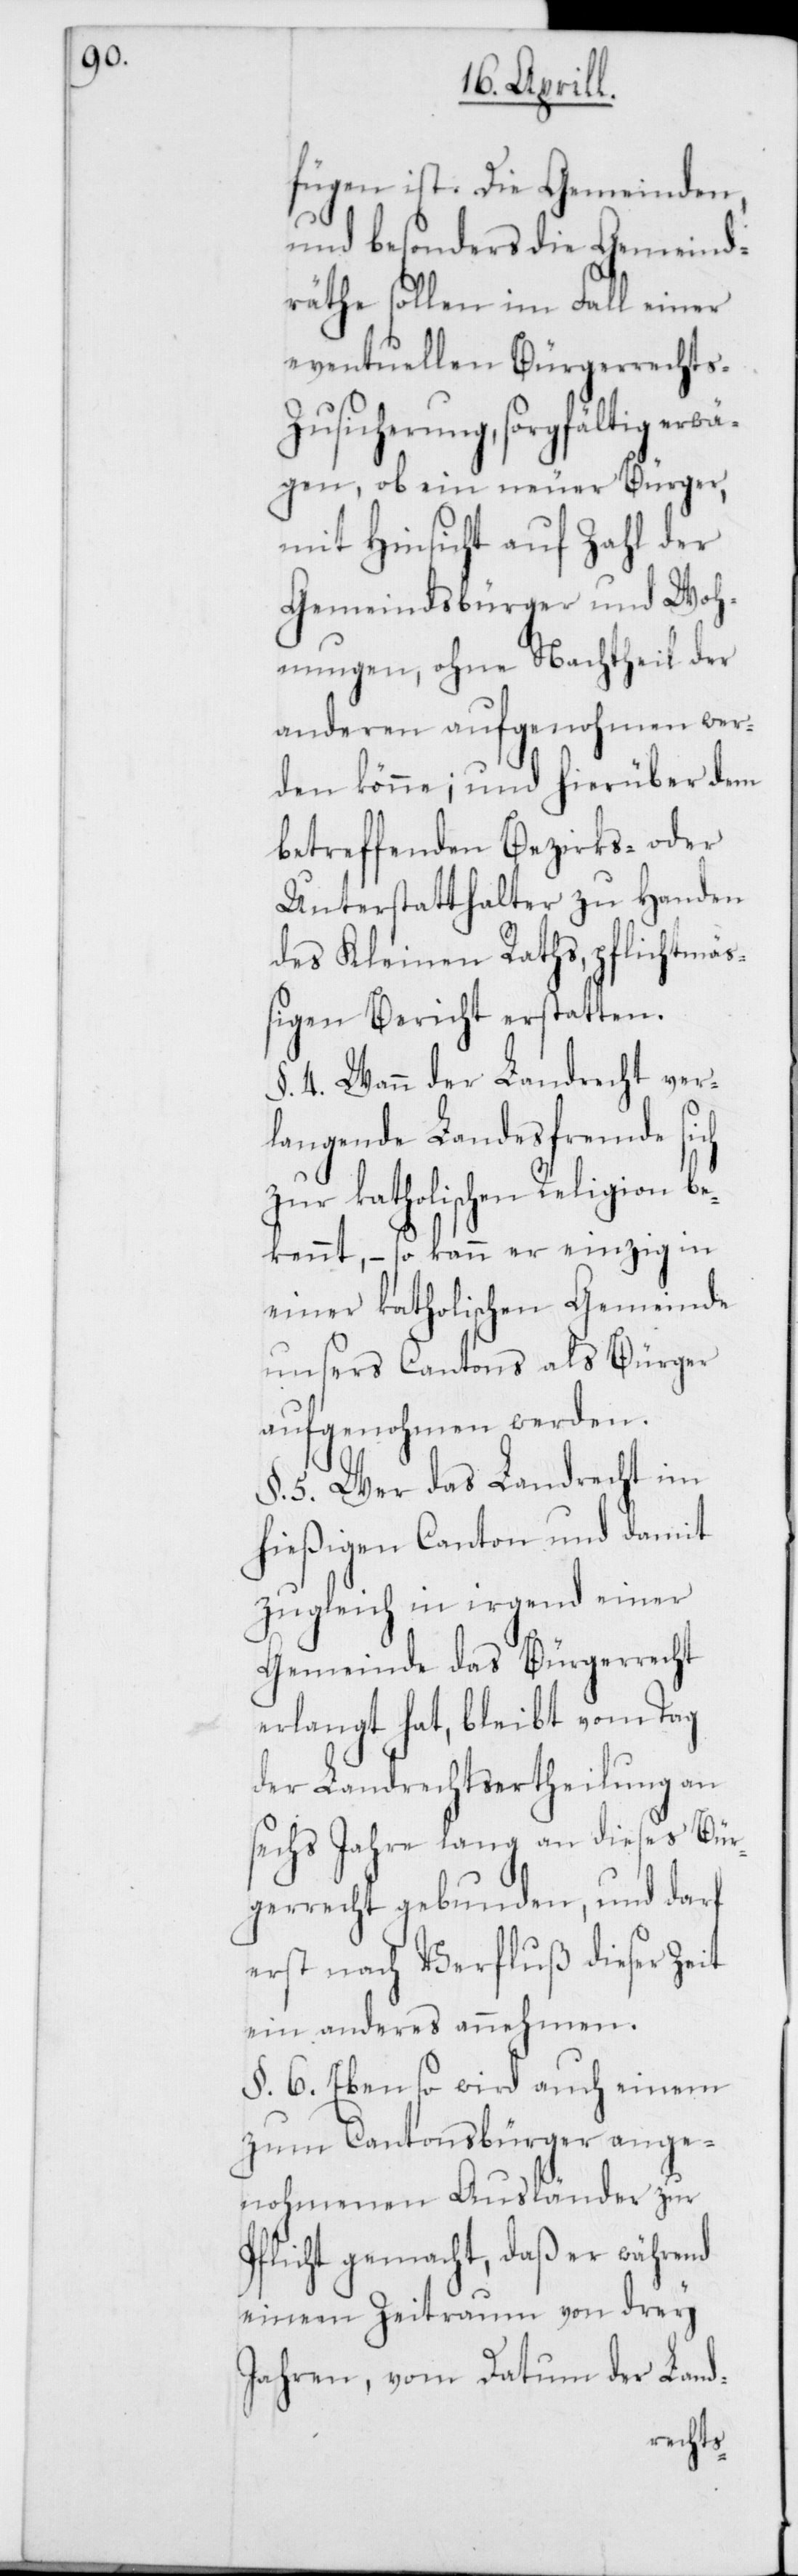
fügen ist. Die Gemeinden,
und besonders die Gemeind¬
räthe sollen im Fall einer
eventuellen bürgerrechts-Z¬
usicherung, sorgfältig erwä¬
gen, ob ein neuer Bürger,
mit Hinsicht auf Zahl der
Gemeindsbürger und Woh¬
nungen, ohne Nachtheil der
anderen aufgenohmen wer¬
den könne; und hierüber dem
betreffenden Bezirks- oder
Unterstatthalter zu Handen
des Kleinen Raths, pflichtmä¬
ßigen Bericht erstatten.
§. 4. Wann der Landrecht ver¬
langende Landesfremde sich
zur katholischen Religion
bekennt, – so kann er einzig in
einer katholischen Gemeinde
unsers Cantons als Bürger
aufgenohmen werden.
§. 5. Wer das Landrecht im
hießigen Canton und damit
zugleich in irgend einer
Gemeinde das Bürgerrecht
erlangt hat, bleibt vom Tag
der Landrechtsertheilung an
sechs Jahre lang an dieses Bür¬
gerrecht gebunden und darf
erst nach Verfluß dieser Zeit
ein anderes annehmen.
§. 6. Ebenso wird auch einem
zum Cantonsbürger ange¬
nohmenen Ausländer zur
Pflicht gemacht, daß er während
einem Zeitraum von drey
Jahren, vom Datum der Land-